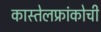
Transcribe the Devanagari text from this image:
कास्तेलफ्रांकोची